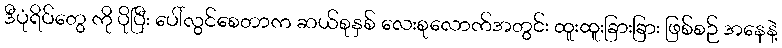
ဒီပုံရိပ်တွေ ကို ပိုပြီး ပေါ်လွင်စေတာက ဆယ်စုနှစ် လေးစုလောက်အတွင်း ထူးထူးခြားခြား ဖြစ်စဉ် အနေနဲ့